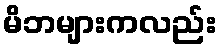
မိဘများကလည်း